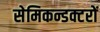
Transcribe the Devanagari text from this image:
सेमिकन्डक्टरों